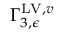
\Gamma _ { 3 , \epsilon } ^ { \mathrm { L V } , v }